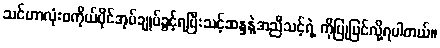
သင်ဟာလုံးဝကိုယ်ပိုင်အုပ်ချုပ်ခွင့်ရပြီးသင့်ဆန္ဒနဲ့အညီသင့်ရဲ့ ကိုပြုပြင်လို့ရပါတယ်။